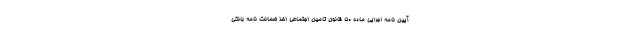
آیین نامه اجرایی ماده ۵۰ قانون تامین اجتماعی اخذ ضمانت نامه بانکی